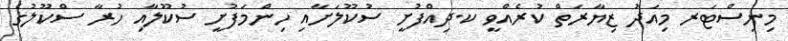
މިނިސްޓަރ މިއަދު ޒިޔާރަތް ކުރެއްވީ ކ.ދިއްފުށީ ސުކޫލަށާއި ހިންމަފުށީ ސުކޫލާއި ހުރާ ސްކޫލުގެ